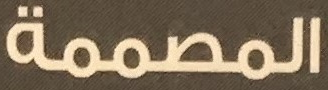
المصممة